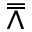
\doublebarwedge